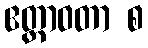
ဧတ္တာဝတာ စ